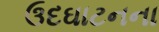
ઉદઘાટનના